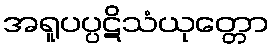
အရူပပ္ပဋိသံယုတ္တော